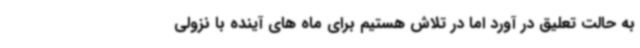
به حالت تعلیق در آورد اما در تلاش هستیم برای ماه های آینده با نزولی